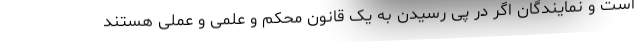
است و نمایندگان اگر در پی رسیدن به یک قانون محکم و علمی و عملی هستند